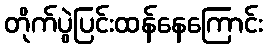
တိုက်ပွဲပြင်းထန်နေကြောင်း